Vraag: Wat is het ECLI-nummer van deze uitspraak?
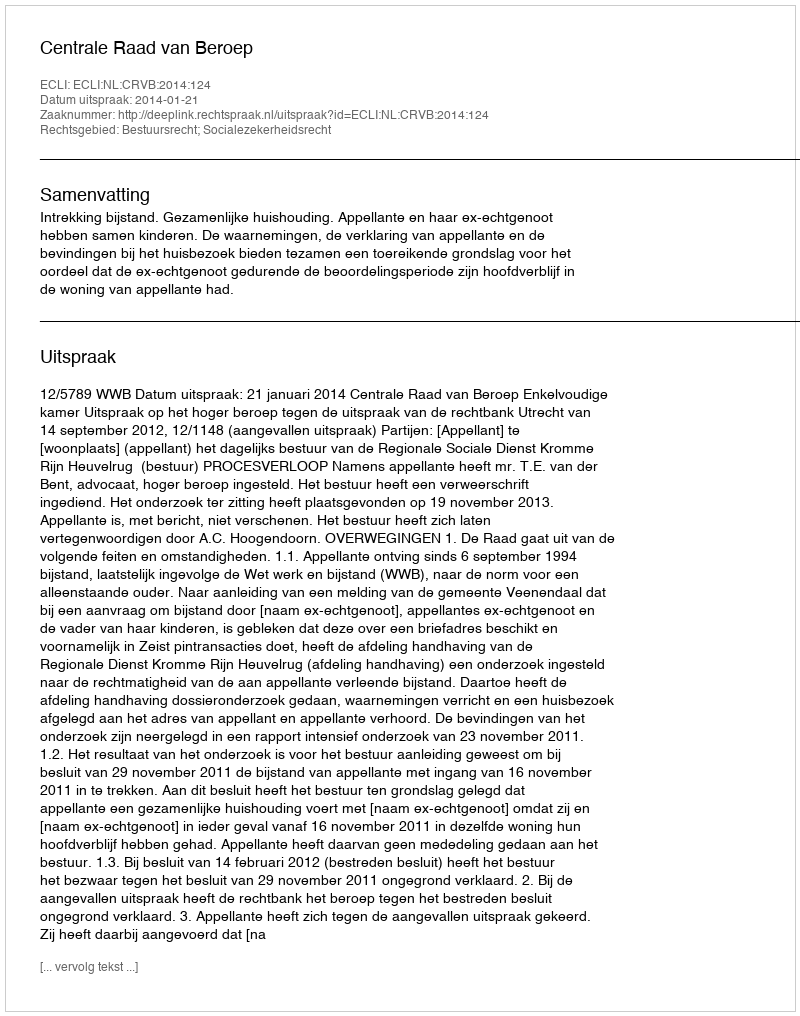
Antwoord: ECLI:NL:CRVB:2014:124